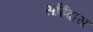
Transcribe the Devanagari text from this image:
साँईदास